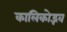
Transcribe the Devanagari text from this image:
कालिकोद्भव